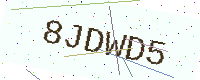
Text: 8JDWD5